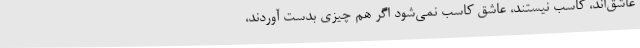
عاشق‌اند، کاسب نیستند، عاشق کاسب نمی‌شود اگر هم چیزی بدست آوردند،